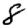
Digit: 8